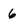
Character: 6